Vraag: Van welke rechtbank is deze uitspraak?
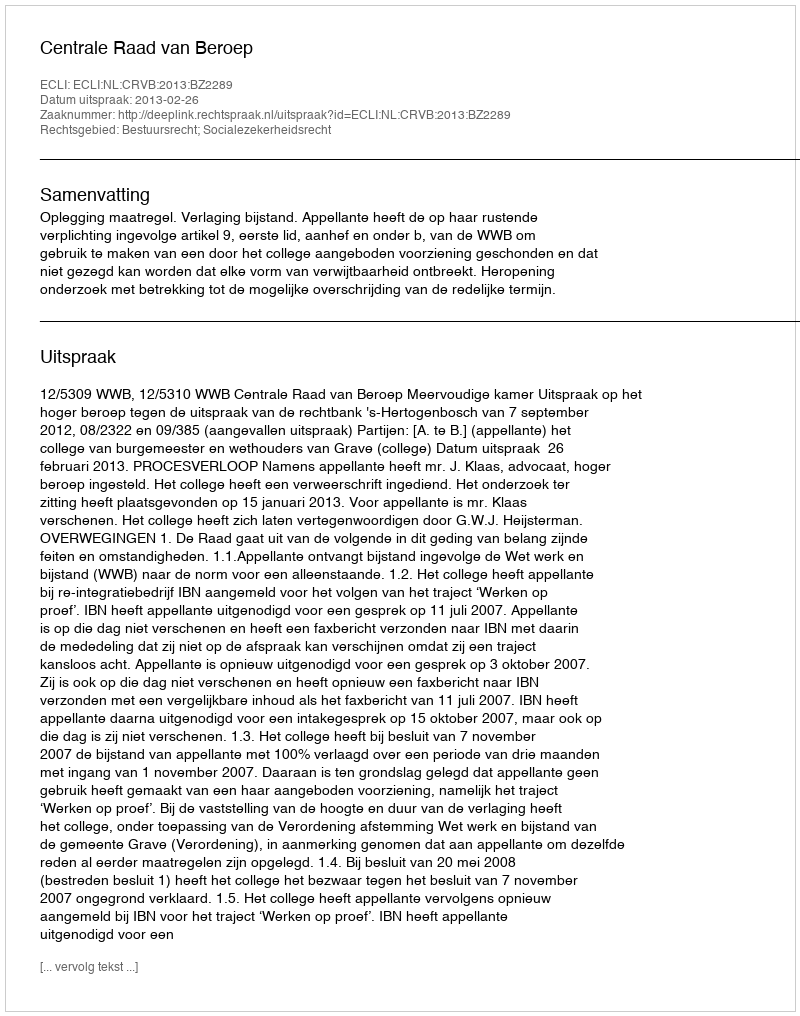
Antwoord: Centrale Raad van Beroep